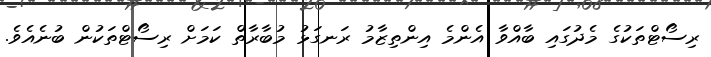
ރިސޯޓްތަކުގެ މެދުގައި ބާއްވާ އެންމެ އިންތިޒާމު ރަނގަޅު މުބާރާތް ކަމަށް ރިސޯޓްތަކުން ބުނެއެވެ.